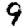
Digit: 9